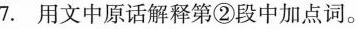
7.用文中原话解释第②段中加点词。